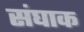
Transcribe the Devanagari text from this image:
संघाक